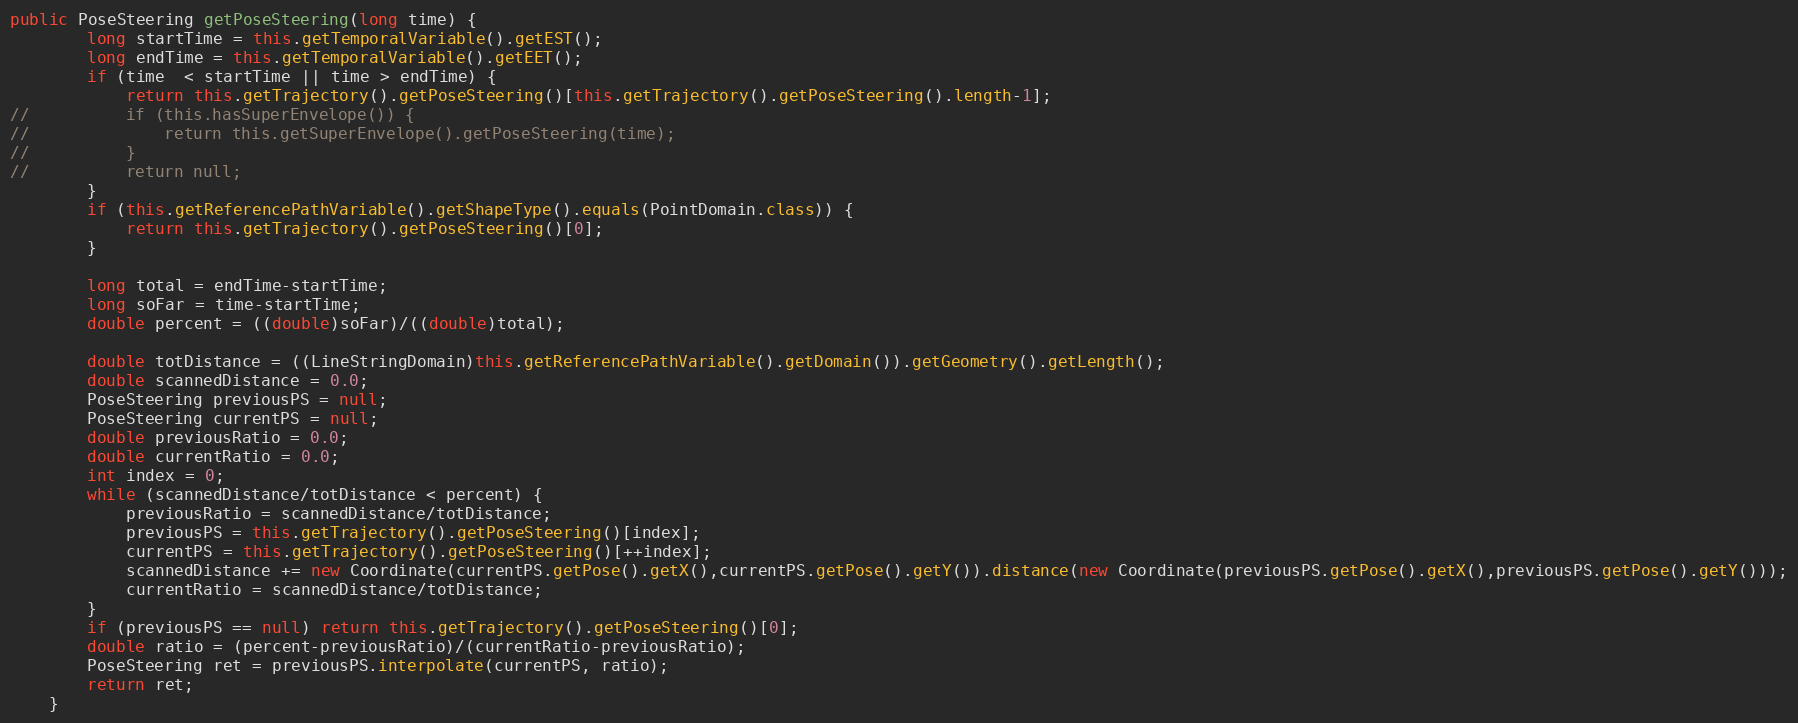
Language: Java
public PoseSteering getPoseSteering(long time) {
		long startTime = this.getTemporalVariable().getEST();
		long endTime = this.getTemporalVariable().getEET();
		if (time  < startTime || time > endTime) {
			return this.getTrajectory().getPoseSteering()[this.getTrajectory().getPoseSteering().length-1];
//			if (this.hasSuperEnvelope()) {
//				return this.getSuperEnvelope().getPoseSteering(time);
//			}
//			return null;
		}
		if (this.getReferencePathVariable().getShapeType().equals(PointDomain.class)) {
			return this.getTrajectory().getPoseSteering()[0];
		}

		long total = endTime-startTime;
		long soFar = time-startTime;
		double percent = ((double)soFar)/((double)total);

		double totDistance = ((LineStringDomain)this.getReferencePathVariable().getDomain()).getGeometry().getLength();
		double scannedDistance = 0.0;
		PoseSteering previousPS = null;
		PoseSteering currentPS = null;
		double previousRatio = 0.0;
		double currentRatio = 0.0;
		int index = 0;
		while (scannedDistance/totDistance < percent) {
			previousRatio = scannedDistance/totDistance;
			previousPS = this.getTrajectory().getPoseSteering()[index];
			currentPS = this.getTrajectory().getPoseSteering()[++index];
			scannedDistance += new Coordinate(currentPS.getPose().getX(),currentPS.getPose().getY()).distance(new Coordinate(previousPS.getPose().getX(),previousPS.getPose().getY()));
			currentRatio = scannedDistance/totDistance;
		}
		if (previousPS == null) return this.getTrajectory().getPoseSteering()[0];
		double ratio = (percent-previousRatio)/(currentRatio-previousRatio);
		PoseSteering ret = previousPS.interpolate(currentPS, ratio);
		return ret;
	}